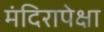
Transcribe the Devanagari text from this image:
मंदिरापेक्षा